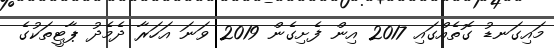
މައިގަނޑު ގޮތެއްގައި 2017 އިން ފެށިގެން 2019 ވަނަ އަހަރާ ދެމެދު ޕާޓީތަކުގެ